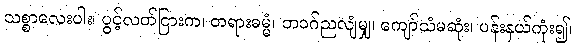
သစ္စာလေးပါး၊ ပွင့်လတ်ငြားက၊ တရားဓမ္မံ၊ ဘဝဂ်ညလျံမျှ၊ ကျော်သံမဆုံး၊ ပန်းနှယ်ကုံး၍၊